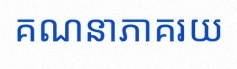
គណនាភាគរយ